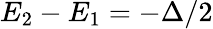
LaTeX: E_{2}-E_{1}=-\Delta/2